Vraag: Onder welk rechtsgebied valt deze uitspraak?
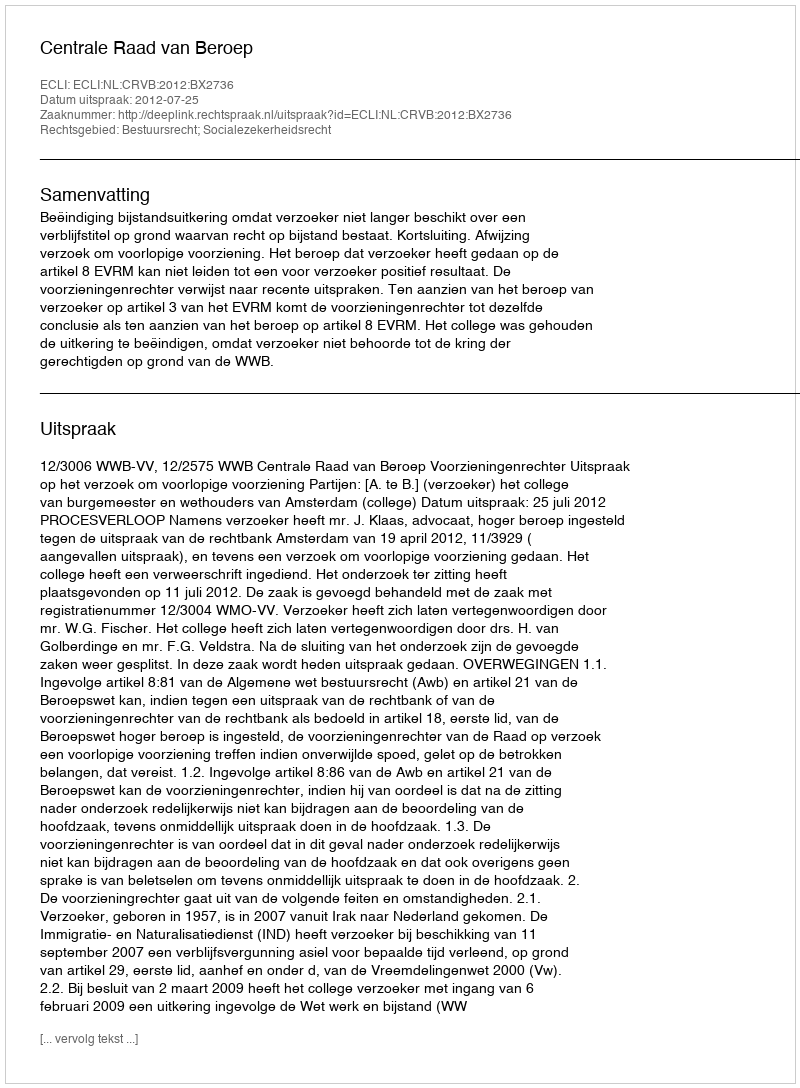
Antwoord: Bestuursrecht; Socialezekerheidsrecht